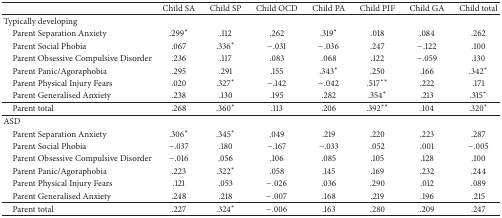
<table><thead><tr><td><b> </b></td><td><b>Child SA</b></td><td><b>Child SP</b></td><td><b>Child OCD</b></td><td><b>Child PA</b></td><td><b>Child PIF</b></td><td><b>Child GA</b></td><td><b>Child total</b></td></tr></thead><tbody><tr><td>Typically developing</td><td> </td><td> </td><td> </td><td> </td><td> </td><td> </td><td> </td></tr><tr><td> Parent Separation Anxiety</td><td>.299<sup>*</sup></td><td>.112</td><td>.262</td><td>.319<sup>*</sup></td><td>.018</td><td>.084</td><td>.262</td></tr><tr><td> Parent Social Phobia</td><td>.067</td><td>.336<sup>*</sup></td><td>−.031</td><td>−.036</td><td>.247</td><td>−.122</td><td>.100</td></tr><tr><td> Parent Obsessive Compulsive Disorder</td><td>.236</td><td>.117</td><td>.083</td><td>.068</td><td>.122</td><td>−.059</td><td>.130</td></tr><tr><td> Parent Panic/Agoraphobia</td><td>.295</td><td>.291</td><td>.155</td><td>.343<sup>*</sup></td><td>.250</td><td>.166</td><td>.342<sup>*</sup></td></tr><tr><td> Parent Physical Injury Fears</td><td>.020</td><td>.327<sup>*</sup></td><td>−.142</td><td>−.042</td><td>.517<sup>**</sup></td><td>.222</td><td>.171</td></tr><tr><td> Parent Generalised Anxiety</td><td>.238</td><td>.130</td><td>.195</td><td>.282</td><td>.354<sup>*</sup></td><td>.213</td><td>.315<sup>*</sup></td></tr><tr><td> Parent total</td><td>.268</td><td>.360<sup>*</sup></td><td>.113</td><td>.206</td><td>.392<sup>**</sup></td><td>.104</td><td>.320<sup>*</sup></td></tr><tr><td>ASD</td><td> </td><td> </td><td> </td><td> </td><td> </td><td> </td><td> </td></tr><tr><td> Parent Separation Anxiety</td><td>.306<sup>*</sup></td><td>.345<sup>*</sup></td><td>.049</td><td>.219</td><td>.220</td><td>.223</td><td>.287</td></tr><tr><td> Parent Social Phobia</td><td>−.037</td><td>.180</td><td>−.167</td><td>−.033</td><td>.052</td><td>.001</td><td>−.005</td></tr><tr><td> Parent Obsessive Compulsive Disorder</td><td>−.016</td><td>.056</td><td>.106</td><td>.085</td><td>.105</td><td>.128</td><td>.100</td></tr><tr><td> Parent Panic/Agoraphobia</td><td>.223</td><td>.322<sup>*</sup></td><td>.058</td><td>.145</td><td>.169</td><td>.232</td><td>.244</td></tr><tr><td> Parent Physical Injury Fears</td><td>.121</td><td>.053</td><td>−.026</td><td>.036</td><td>.290</td><td>.012</td><td>.089</td></tr><tr><td> Parent Generalised Anxiety</td><td>.248</td><td>.218</td><td>−.007</td><td>.168</td><td>.219</td><td>.196</td><td>.215</td></tr><tr><td> Parent total</td><td>.227</td><td>.324<sup>*</sup></td><td>−.006</td><td>.163</td><td>.280</td><td>.209</td><td>.247</td></tr></tbody></table>